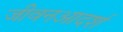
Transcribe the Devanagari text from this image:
जीवनआदर्श